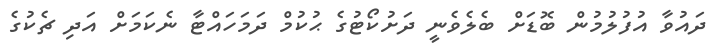
ދައުވާ އުފުލުމުން ބޮޑަށް ބެލެވެނީ ދަށުކޯޓުގެ ޙުކުމް ދަމަހައްޓާ ނެކަމަށް އަދި ޗެކުގެ